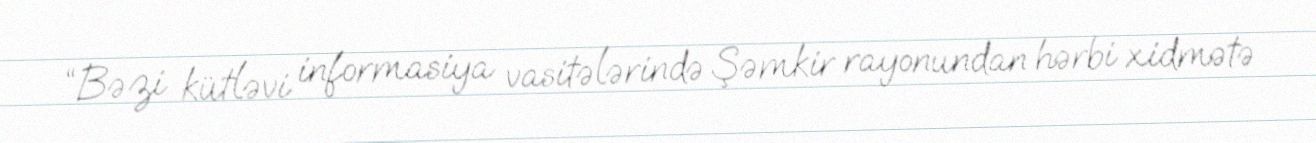
“Bəzi kütləvi informasiya vasitələrində Şəmkir rayonundan hərbi xidmətə